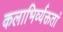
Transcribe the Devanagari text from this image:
कलाभिर्व्यक्ततां